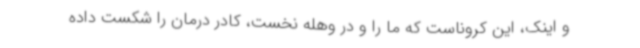
و اینک، این کروناست که ما را و در وهله نخست، کادر درمان را شکست داده